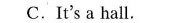
C.It's a hall.